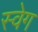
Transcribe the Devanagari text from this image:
स्वेग